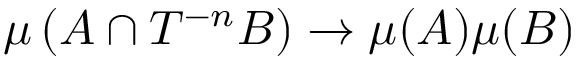
\mu \left( A \cap T ^ { - n } B \right) \to \mu ( A ) \mu ( B )